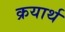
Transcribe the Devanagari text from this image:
क्रयार्थ